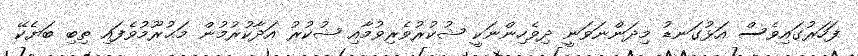
ފަހަރުގައިވެސް އަޅުގަނޑު މިދަންނަވަނީ ދިވެހިންނަކީ ޝުކުރުވެރިވުމާއި ޝުކުރު އަދާކުރުމުން މަޙުރޫމުވެފައި ތިބި ބަޔެކޭ